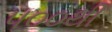
૫૦૦થી